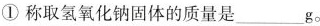
①称取氢氧化钠固体的质量是___g。